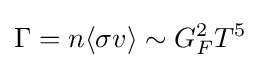
\Gamma =n\langle \sigma v\rangle \sim G_{F}^{2}T^{5}